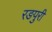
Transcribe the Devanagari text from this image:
रङपुरी